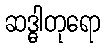
ဆဒ္ဓါတုရော